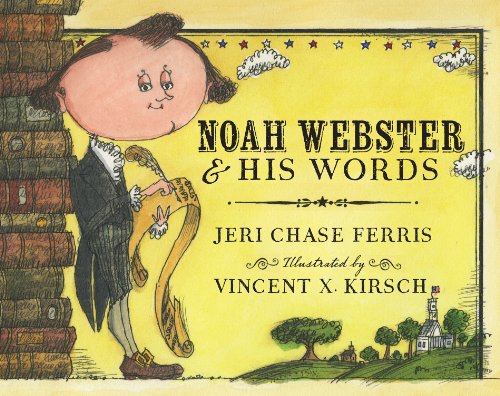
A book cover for Noah Webster and His Words; Jeri Chase Ferris; Children's Books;